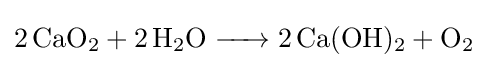
{\ce {2CaO2 + 2H2O -> 2Ca(OH)2 + O2}}